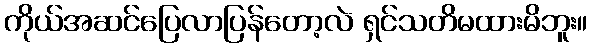
ကိုယ်အဆင်ပြေလာပြန်တော့လဲ ရှင်သတိမထားမိဘူး။